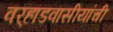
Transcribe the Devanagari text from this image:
वर्‍हाडवासीयांची